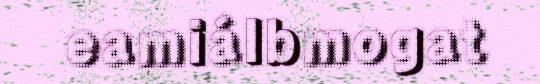
eamiálbmogat